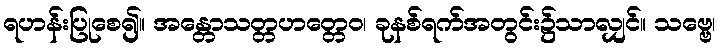
ရဟန်းပြုစေ၍။ အန္တောသတ္တဟတ္တေဝ၊ ခုနစ်ရက်အတွင်း၌သာလျှင်။ သဗ္ဗေ၊